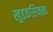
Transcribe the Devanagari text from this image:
खुद्दकसिक्खा